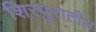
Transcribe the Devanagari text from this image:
शिरपुरातील